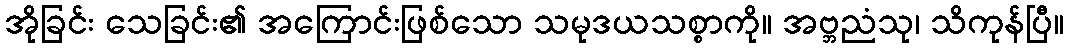
အိုခြင်း သေခြင်း၏ အကြောင်းဖြစ်သော သမုဒယသစ္စာကို။ အဗ္ဘညံသု၊ သိကုန်ပြီ။